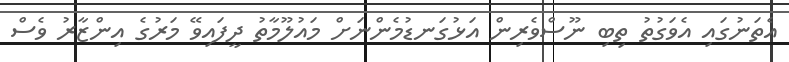
އެތަނުގައި އެވަގުތު ތިބި ނޫސްވެރިން އަޅުގަނޑުމެންނަށް މައުލޫމާތު ދީފައިވޭ މަރުގެ އިންޒާރު ވެސް